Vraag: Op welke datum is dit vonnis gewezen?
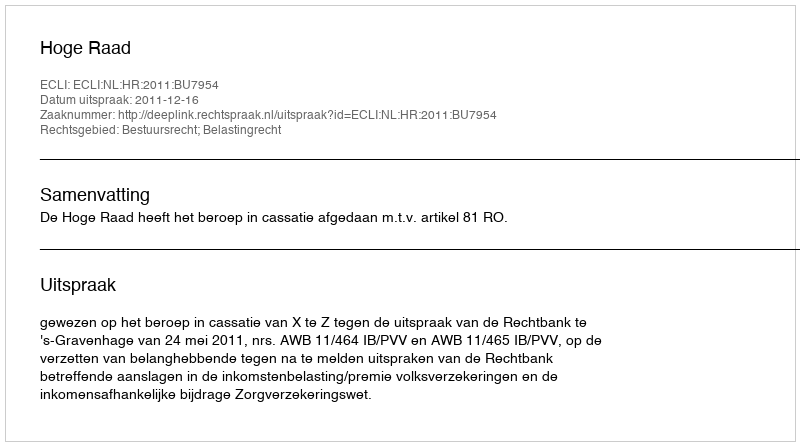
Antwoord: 2011-12-16